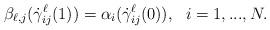
LaTeX: \begin{align*} \beta_{\ell,j}(\dot\gamma^\ell_{ij}(1))= \alpha_i(\dot\gamma^\ell_{ij}(0)), \ \ i= 1,...,N. \end{align*}